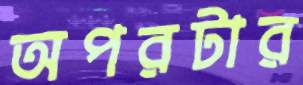
অপরটার